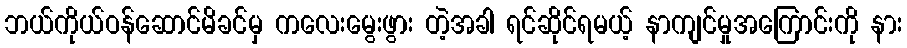
ဘယ်ကိုယ်ဝန်ဆောင်မိခင်မှ ကလေးမွေးဖွား တဲ့အခါ ရင်ဆိုင်ရမယ့် နာကျင်မှုအကြောင်းကို နား